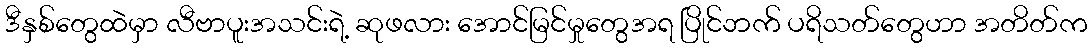
ဒီနှစ်တွေထဲမှာ လီဗာပူးအသင်းရဲ့ ဆုဖလား အောင်မြင်မှုတွေအရ ပြိုင်ဘက် ပရိသတ်တွေဟာ အတိတ်က